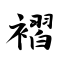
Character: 褶